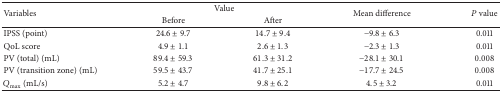
<table><thead><tr><td rowspan="2"><b>Variables</b></td><td colspan="2"><b>Value</b></td><td rowspan="2"><b>Mean difference</b></td><td rowspan="2"><b><i>P</i> value</b></td></tr><tr><td><b>Before</b></td><td><b>After</b></td></tr></thead><tbody><tr><td>IPSS (point)</td><td>24.6 ± 9.7</td><td>14.7 ± 9.4</td><td>−9.8 ± 6.3</td><td>0.011</td></tr><tr><td>QoL score</td><td>4.9 ± 1.1</td><td>2.6 ± 1.3</td><td>−2.3 ± 1.3</td><td>0.011</td></tr><tr><td>PV (total) (mL)</td><td>89.4 ± 59.3</td><td>61.3 ± 31.2</td><td>−28.1 ± 30.1</td><td>0.008</td></tr><tr><td>PV (transition zone) (mL)</td><td>59.5 ± 43.7</td><td>41.7 ± 25.1</td><td>−17.7 ± 24.5</td><td>0.008</td></tr><tr><td><i>Q</i><sub>max</sub> (mL/s)</td><td>5.2 ± 4.7</td><td>9.8 ± 6.2</td><td>4.5 ± 3.2</td><td>0.011</td></tr></tbody></table>